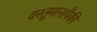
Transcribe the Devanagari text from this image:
वस्तूमानापैकी